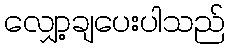
လျှော့ချပေးပါသည်